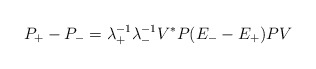
\begin{align*}P_+-P_-=\lambda_+^{-1}\lambda_-^{-1}V^*P(E_--E_+)PV\end{align*}